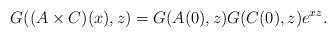
LaTeX: \begin{align*} G((A\times C)(x),z)=G(A(0),z)G(C(0),z)e^{xz}.\end{align*}